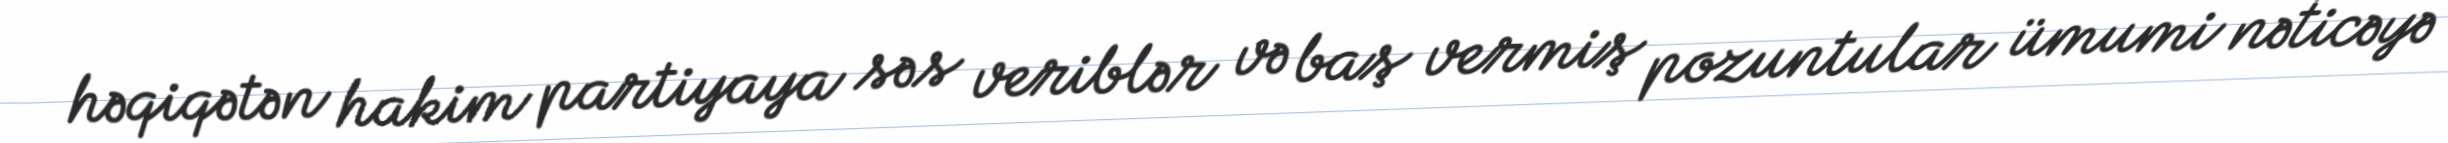
həqiqətən hakim partiyaya səs veriblər və baş vermiş pozuntular ümumi nəticəyə